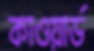
কাওয়ার্ড